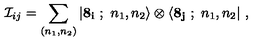
{ \cal I } _ { i j } = \sum _ { ( n _ { 1 } , n _ { 2 } ) } | { \bf 8 _ { i } } \ ; \ n _ { 1 } , n _ { 2 } \rangle \otimes \langle { \bf 8 _ { j } } \ ; \ n _ { 1 } , n _ { 2 } | \ ,